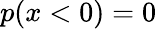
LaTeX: p(x<0)=0